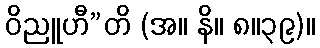
ဝိညူဟီ”တိ (အ။ နိ။ ၈။၃၉)။